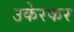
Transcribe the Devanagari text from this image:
उकेरकर